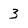
Character: 3